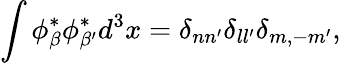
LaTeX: \int\phi_{\beta}^{\ast}\phi_{\beta^{\prime}}^{\ast}d^{3}x=\delta_{nn^{\prime}}\delta_{ll^{\prime}}\delta_{m,-m^{\prime}},